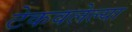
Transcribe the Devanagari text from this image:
टेकवलेल्या